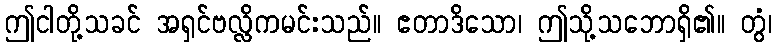
ဤငါတို့သခင် အရှင်ဗလ္လိကမင်းသည်။ ဧတာဒိသော၊ ဤသို့သဘောရှိ၏။ တွံ၊